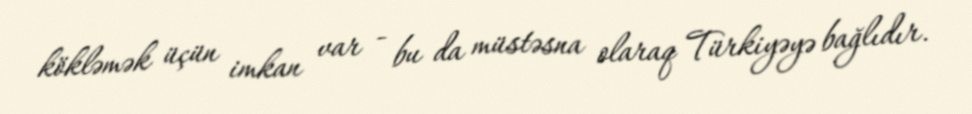
kökləmək üçün imkan var - bu da müstəsna olaraq Türkiyəyə bağlıdır.